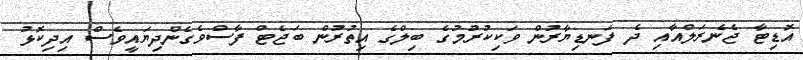
އޮޑިޓާ ޖެނެރަލްއާއި ދެ ފަނޑިޔާރުން ވަކިކުރުމުގެ ބިލްގެ އިތުރުން ބަޖެޓް ފާސްވެގެންދިޔައީވެސް އިދިކޮޅު